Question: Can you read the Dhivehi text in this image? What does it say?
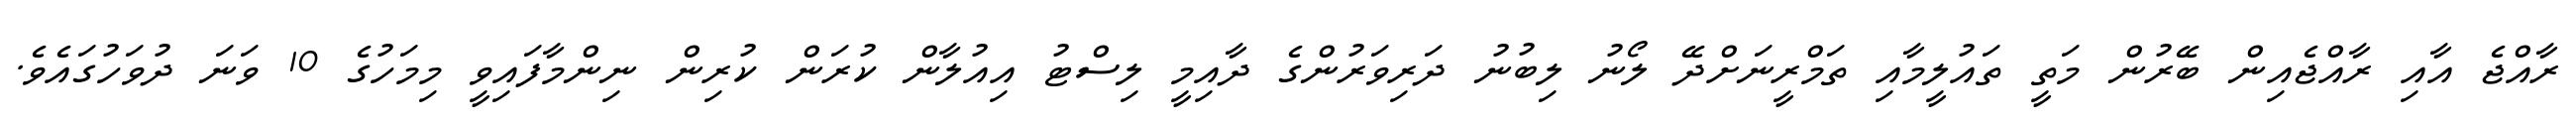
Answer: ރާއްޖެ އާއި ރާއްޖެއިން ބޭރުން މަތީ ތައުލީމާއި ތަމްރީނަށްދޭ ލޯނު ލިބުނު ދަރިވަރުންގެ ދާއިމީ ލިސްޓު އިއުލާން ކުރަން ކުރިން ނިންމާފައިވީ މިމަހުގެ 10 ވަނަ ދުވަހުގައެވެ.